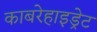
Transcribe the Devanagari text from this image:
काबरेहाइड्रेट